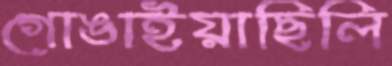
গোঙাইয়াছিলি